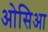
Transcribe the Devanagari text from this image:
ओसिआ